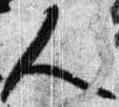
人